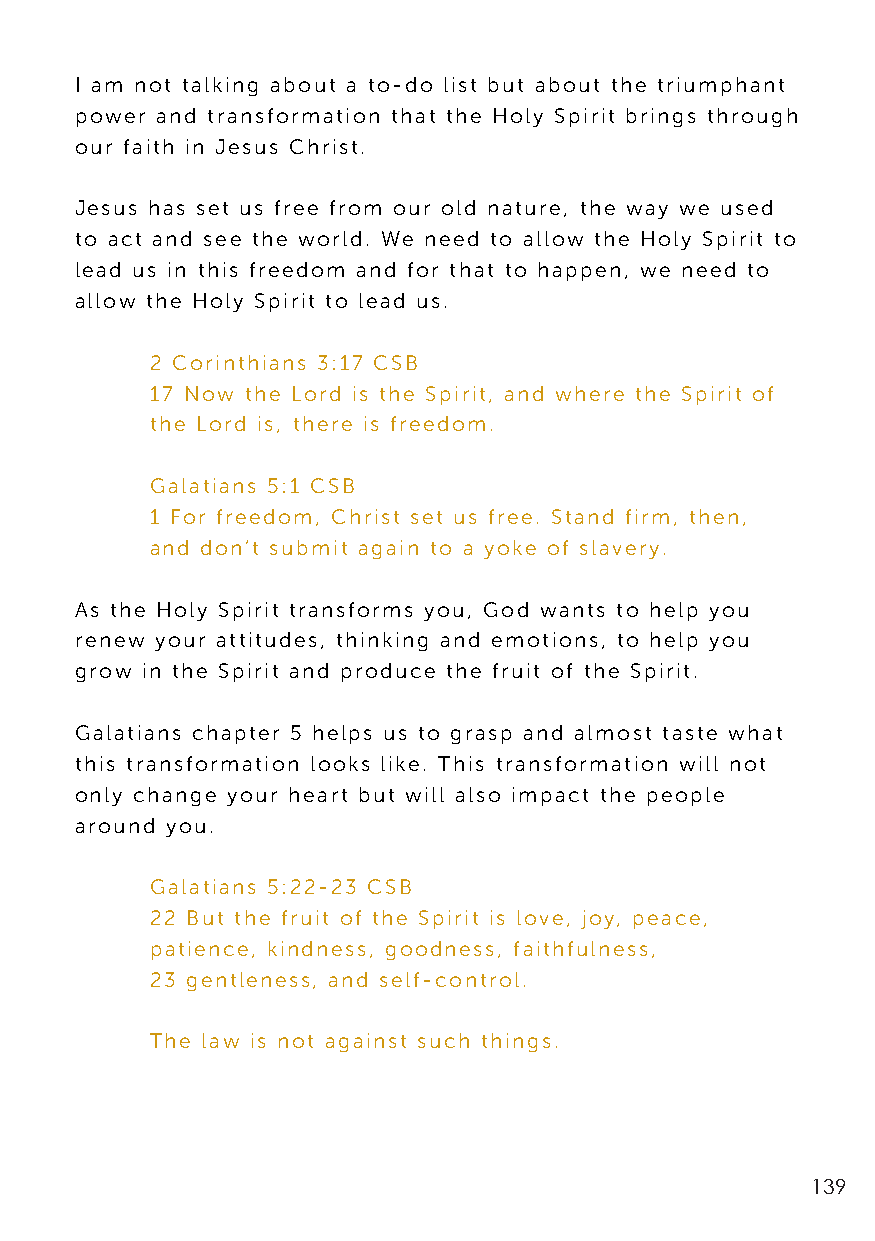
I am not talking about a to-do list but about the triumphant
 power and transformation that the Holy Spirit brings through
 our faith in Jesus Christ.
 Jesus has set us free from our old nature, the way we used
 to act and see the world. We need to allow the Holy Spirit to
 lead us in this freedom and for that to happen, we need to
 allow the Holy Spirit to lead us.
 2 Corinthians 3:17 CSB
 17 Now the Lord is the Spirit, and where the Spirit of
 the Lord is, there is freedom.
 Galatians 5:1 CSB
 1 For freedom, Christ set us free. Stand firm, then,
 and don’t submit again to a yoke of slavery.
 As the Holy Spirit transforms you, God wants to help you
 renew your attitudes, thinking and emotions, to help you
 grow in the Spirit and produce the fruit of the Spirit.
 Galatians chapter 5 helps us to grasp and almost taste what
 this transformation looks like. This transformation will not
 only change your heart but will also impact the people
 around you.
 Galatians 5:22-23 CSB
 22 But the fruit of the Spirit is love, joy, peace,
 patience, kindness, goodness, faithfulness,
 23 gentleness, and self-control.
 The law is not against such things.
 139